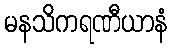
မနသိကရဏီယာနံ